Etiology and epidemiology of plague
Disease focus: Plague
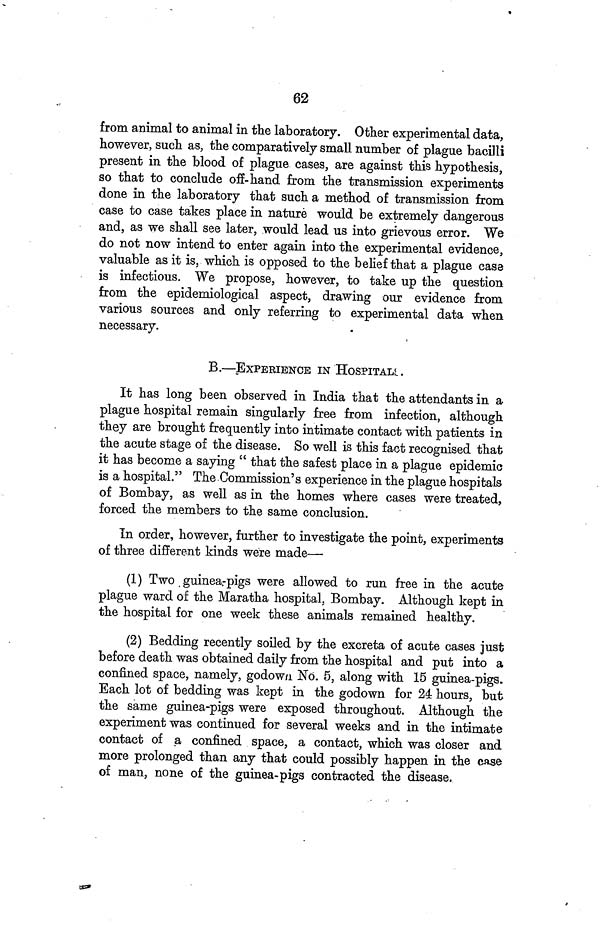
62
from animal to animal in the laboratory. Other experimental data,
however, such as, the comparatively small number of plague bacilli
present in the blood of plague cases, are against this hypothesis,
so that to conclude off-hand from the transmission experiments
done in the laboratory that such a method of transmission from
case to case takes place in nature would be extremely dangerous
and, as we shall see later, would lead us into grievous error. We
do not now intend to enter again into the experimental evidence,
valuable as it is, which is opposed to the belief that a plague case
is infectious. We propose, however, to take up the question
from the epidemiological aspect, drawing our evidence from
various sources and only referring to experimental data when
necessary.
B.—.EXPERIENCE IN HOSPITALS.
It has long been observed in India that the attendants in a
plague hospital remain singularly free from infection, although
they are brought frequently into intimate contact with patients in
the acute stage of the disease. So well is this fact recognised that
it has become a saying " that the safest place in a plague epidemic
is a hospital." The Commission's experience in the plague hospitals
of Bombay, as well as in the homes where cases were treated,
forced the members to the same conclusion.
In order, however, further to investigate the point, experiments
of three different kinds were made—
(1) Two guinea.-pigs were allowed to run free in the acute
plague ward of the Maratha hospital, Bombay. Although kept in
the hospital for one week these animals remained healthy.
(2) Bedding recently soiled by the excreta of acute cases just
before death was obtained daily from the hospital and put into a
confined space, namely, godown No. 5, along with 15 guinea-pigs.
Each lot of bedding was kept in the godown for 24 hours, but
the same guinea-pigs were exposed throughout. Although the
experiment was continued for several weeks and in the intimate
contact of a confined space, a contact, which was closer and
more prolonged than any that could possibly happen in the case
of man, none of the guinea-pigs contracted the disease.